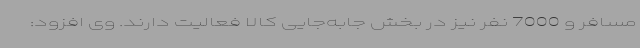
مسافر و 7000 نفر نیز در بخش جابه‌جایی کالا فعالیت دارند. وی افزود: